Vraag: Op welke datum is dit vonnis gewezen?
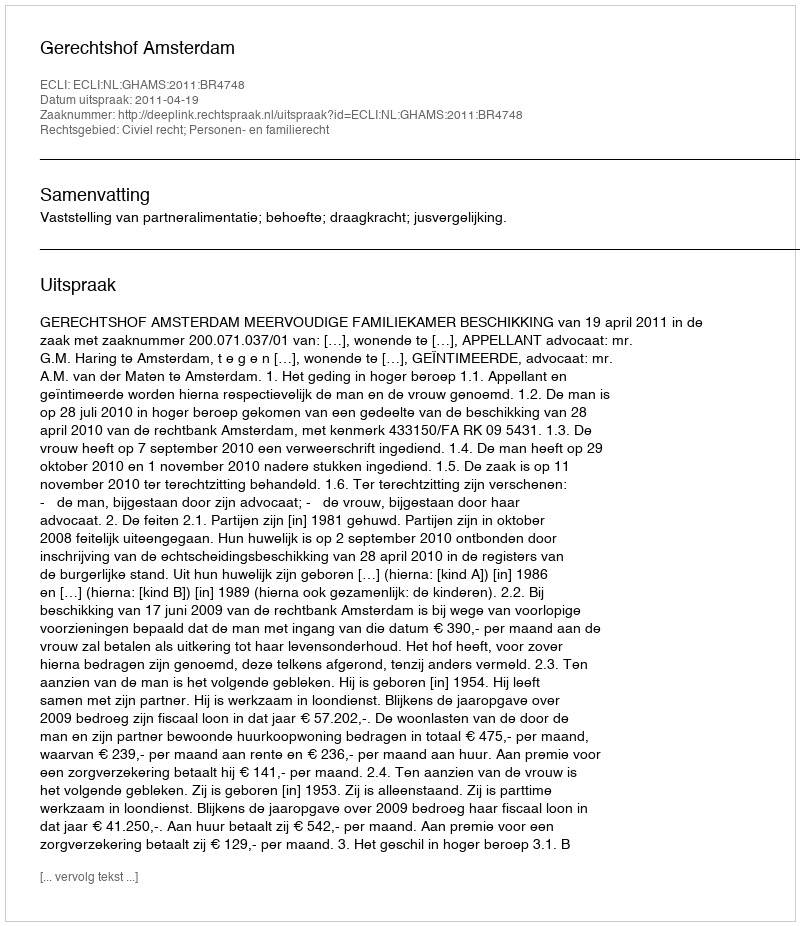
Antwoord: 2011-04-19